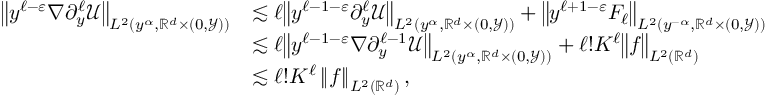
\begin{array} { r l } { \big \| y ^ { \ell - \varepsilon } { \nabla \partial _ { y } ^ { \ell } \mathcal { U } } \big \| _ { L ^ { 2 } ( y ^ { \alpha } , \mathbb { R } ^ { d } \times ( 0 , \mathcal { Y } ) ) } } & { \lesssim \ell \big \| { y ^ { \ell - 1 - \varepsilon } \partial _ { y } ^ { \ell } \mathcal { U } } \big \| _ { L ^ { 2 } ( y ^ { \alpha } , \mathbb { R } ^ { d } \times ( 0 , \mathcal { Y } ) ) } + \big \| { y ^ { \ell + 1 - \varepsilon } F _ { \ell } } \big \| _ { L ^ { 2 } ( y ^ { - \alpha } , \mathbb { R } ^ { d } \times ( 0 , \mathcal { Y } ) ) } } \\ & { \lesssim \ell \big \| { y ^ { \ell - 1 - \varepsilon } \nabla \partial _ { y } ^ { \ell - 1 } \mathcal { U } } \big \| _ { L ^ { 2 } ( y ^ { \alpha } , \mathbb { R } ^ { d } \times ( 0 , \mathcal { Y } ) ) } + \ell ! K ^ { \ell } \big \| { f } \big \| _ { L ^ { 2 } ( \mathbb { R } ^ { d } ) } } \\ & { \lesssim \ell ! K ^ { \ell } \left\| f \right\| _ { L ^ { 2 } ( \mathbb { R } ^ { d } ) } , } \end{array}